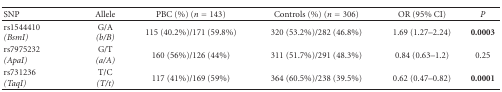
| SNP | Allele | PBC (%) (n = 143) | Controls (%) (n = 306) | OR (95% CI) | P |
 | --- | --- | --- | --- | --- | --- |
 | rs1544410  (BsmI) | G/A (b/B) | 115 (40.2%)/171 (59.8%) | 320 (53.2%)/282 (46.8%) | 1.69 (1.27–2.24) | 0.0003 |
 | rs7975232  (ApaI) | G/T  (a/A) | 160 (56%)/126 (44%) | 311 (51.7%)/291 (48.3%) | 0.84 (0.63–1.2) | 0.25 |
 | rs731236  (TaqI) | T/C  (T/t) | 117 (41%)/169 (59%) | 364 (60.5%)/238 (39.5%) | 0.62 (0.47–0.82) | 0.0001 |